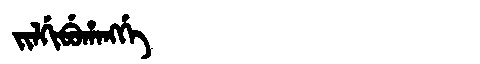
Manchu: ᠵᡳᠯᡤᡳᠪᡠᡥᠠᠩᡤᡝ
Romanization: JILGIBUHANGGE